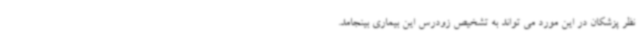
نظر پزشکان در این مورد می تواند به تشخیص زودرس این بیماری بینجامد.